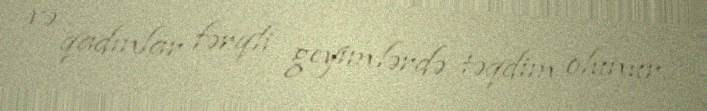
və qadınlar fərqli geyimlərdə təqdim olunur.